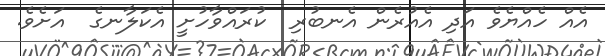
އެއް ހެއްޔެވެ އަދި އެއުރެން އެނބުރި  ކުރައްވާހުށީ އެކަލާނގެ  އަށެވެ.